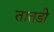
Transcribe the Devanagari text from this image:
तातडी